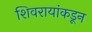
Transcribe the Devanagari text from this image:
शिवरायांकडून